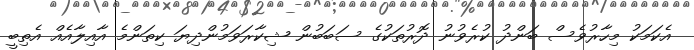
އެކަމަކު މިހާރުވެސް ބަންދު ކުރެވުނު ދޮރުތަކުގެ ސަބަބުން ޝިކާރަވަމުންދިޔަ ކިތަންމެ އާއިލާއެއް އެތިބީ